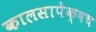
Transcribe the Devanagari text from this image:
कालसापेक्षच